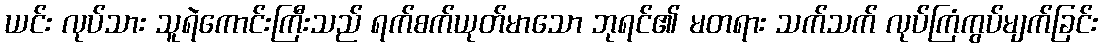
ယင်း လုပ်သား သူရဲကောင်းကြီးသည် ရက်စက်ယုတ်မာသော ဘုရင်၏ မတရား သက်သက် လုပ်ကြံကွပ်မျက်ခြင်း